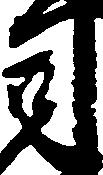
司